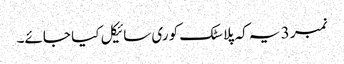
نمبر 3 یہ کہ پلاسٹک کو ری سائیکل کیا جائے۔